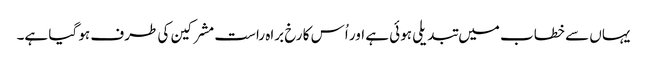
یہاں سے خطاب میں تبدیلی ہوئی ہے اور اُس کا رخ براہ راست مشرکین کی طرف ہو گیا ہے۔